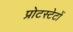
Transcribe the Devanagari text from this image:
प्रोटस्टेटों